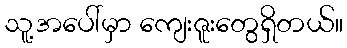
သူ့အပေါ်မှာ ကျေးဇူးတွေရှိတယ်။